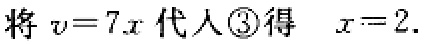
将\(v = 7x\)代入\textcircled{3}得 \(x = 2\).